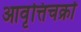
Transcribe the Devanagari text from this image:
आवृत्तिचक्रों